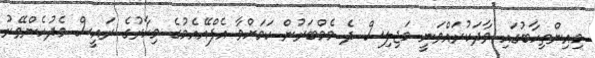
މިއިންތިހާބުގައި ވާދަކުރައްވަނީ މަޖިލިސް ދެ މެމްބަރުން ކަމަށްވާ އެފްއޭއެމުގެ މިހާރުގެ ރައީސް މެދުހެންވޭރު